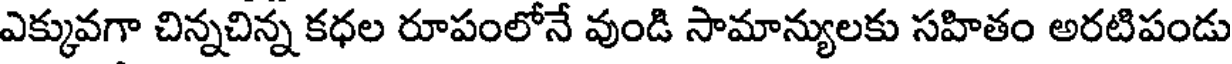
ఎక్కువగా చిన్నచిన్న కధల రూపంలోనే వుండి సామాన్యులకు సహితం అరటిపండు